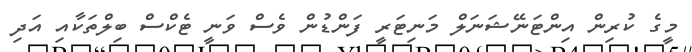
މީގެ ކުރިން އިންޓަނޭޝަނަލް މަނިޓަރީ ފަންޑުން ވެސް ވަނީ ޓެކްސް ބިލްތަކާއި އަދި